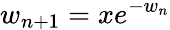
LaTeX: w_{n+1}=xe^{-w_{n}}